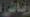
رياضي